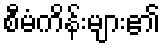
စီမံကိန်းများ၏